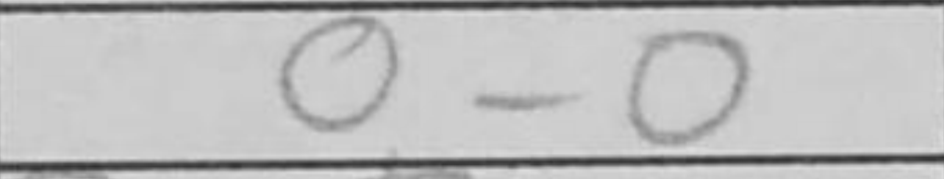
Transcription: O-O